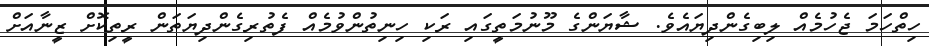
ހިތްހަމަ ޖެހުމެއް ލިބިގެންދިޔައެވެ. ޝާޔަންގެ މޫނުމަތީގައި ރަކި ހިނިތުންވުމެއް ފެތުރިގެންދިޔަތަން ރީތިކޮށް ޒީނާއަށް